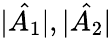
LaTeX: |\hat{A_{1}}|,|\hat{A_{2}}|